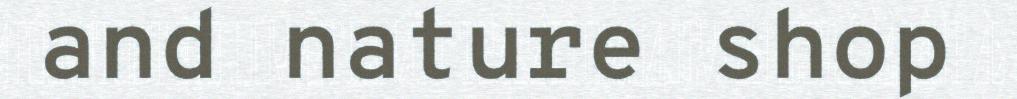
and nature shop